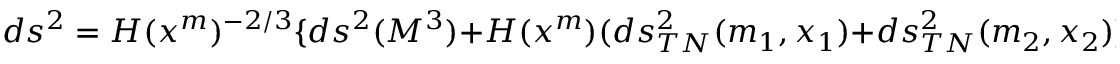
d s ^ { 2 } = H ( x ^ { m } ) ^ { - 2 / 3 } \lbrace d s ^ { 2 } ( M ^ { 3 } ) + H ( x ^ { m } ) ( d s _ { T N } ^ { 2 } ( m _ { 1 } , x _ { 1 } ) + d s _ { T N } ^ { 2 } ( m _ { 2 } , x _ { 2 } ) \rbrace